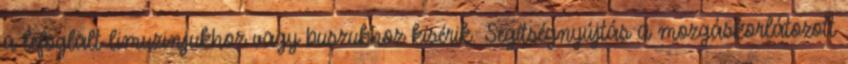
a lefoglalt limuzinjukhoz vagy buszukhoz kísérik. Segítségnyújtás a mozgáskorlátozott